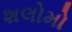
શલોમો